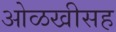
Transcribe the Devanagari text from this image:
ओळखीसह